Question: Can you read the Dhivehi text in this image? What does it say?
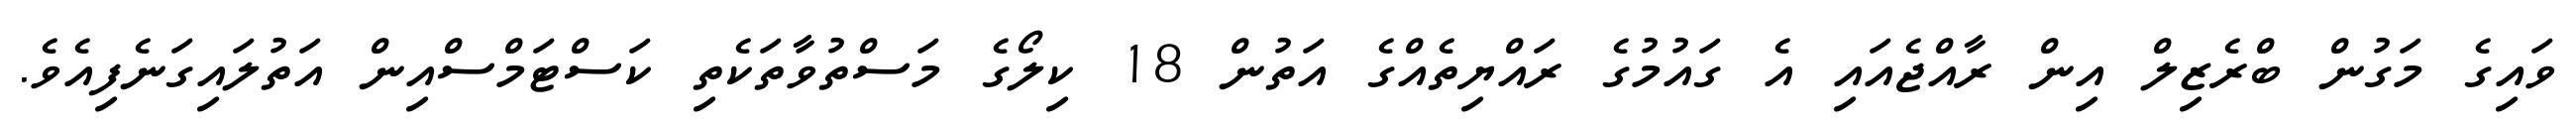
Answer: ވައިގެ މަގުން ބްރެޒިލް އިން ރާއްޖެއައި އެ ގައުމުގެ ރައްޔިތެއްގެ އަތުން 18 ކިލޯގެ މަސްތުވާތަކެތި ކަސްޓަމްސްއިން އަތުލައިގަނެފިއެވެ.